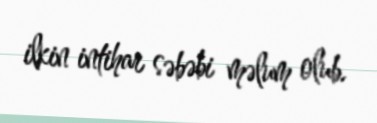
ilkin intihar səbəbi məlum olub.